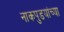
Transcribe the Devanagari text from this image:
नाकपुडयांच्या